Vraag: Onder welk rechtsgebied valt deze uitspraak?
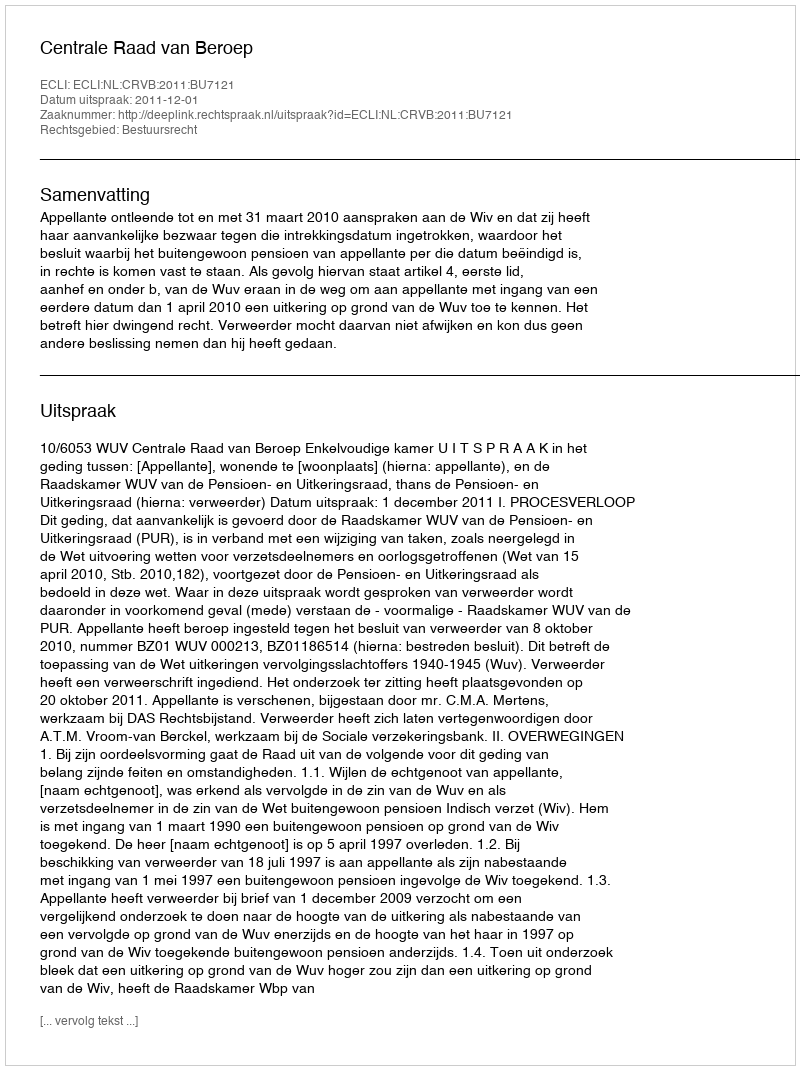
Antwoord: Bestuursrecht